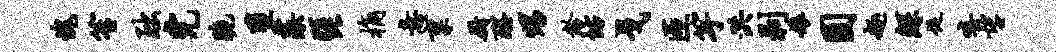
愧笙黜完脆堕藻琵桷意禀厨醒甥龄坊戈匝竽洪剥娘圆趣鲧促嘻望